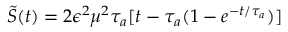
{ \cal \tilde { S } } ( t ) = 2 \epsilon ^ { 2 } \mu ^ { 2 } \tau _ { a } [ t - \tau _ { a } ( 1 - e ^ { - t / \tau _ { a } } ) ]